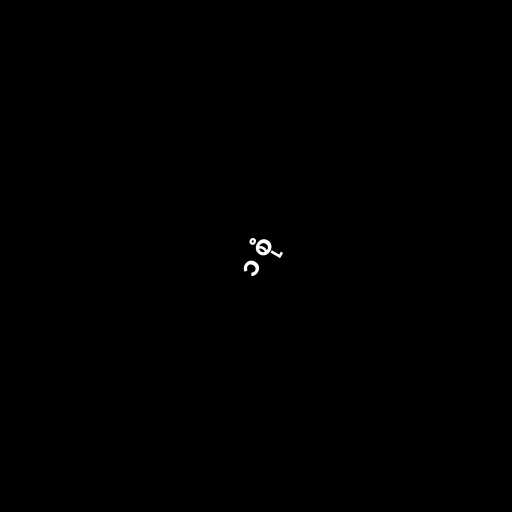
၁ စုံ